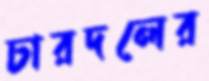
চারদলের